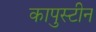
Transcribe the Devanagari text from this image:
कापुस्टीन